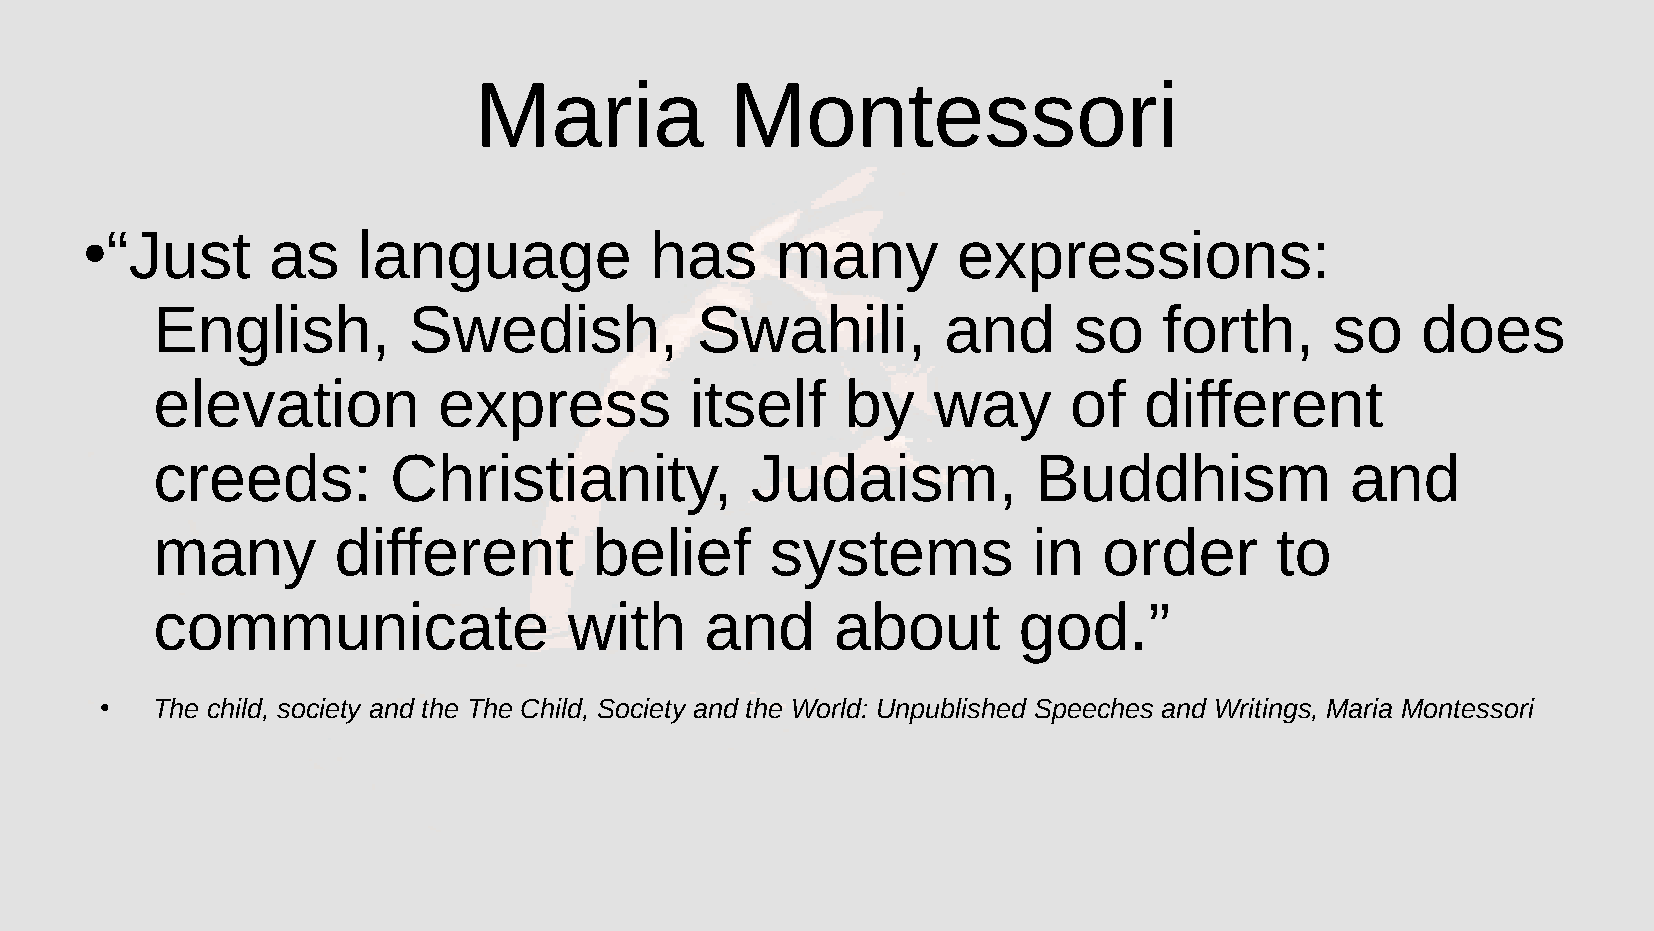
Maria            Montessori
 “Just      as    language           has     many        expressions:
 ●
 English,         Swedish,           Swahili,        and      so    forth,     so    does
 elevation          express          itself    by    way      of   different
 creeds:         Christianity,           Judaism,           Buddhism            and
 many        different        belief      systems          in   order      to
 communicate                 with     and     about       god.”
 The child, society and the The Child, Society and the World: Unpublished Speeches and Writings, Maria Montessori
 ●